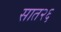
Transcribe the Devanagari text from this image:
सात२६